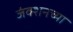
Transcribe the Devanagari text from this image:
जंक्शनच्या